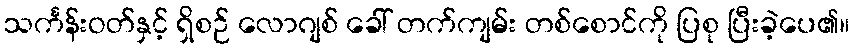
သင်္ကန်းဝတ်နှင့် ရှိစဉ် လောဂျစ် ခေါ် တက်ကျမ်း တစ်စောင်ကို ပြစု ပြီးခဲ့ပေ၏။